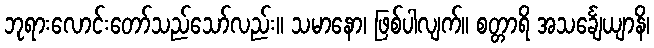
ဘုရားလောင်းတော်သည်သော်လည်း။ သမာနော၊ ဖြစ်ပါလျက်။ စတ္တာရိ အသင်္ချေယျာနိ၊